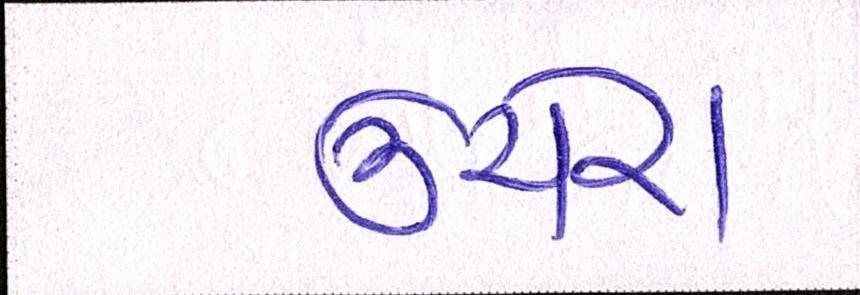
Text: ઊંચેરા